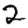
Digit: 2